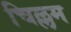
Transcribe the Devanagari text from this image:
चिल्लम